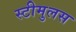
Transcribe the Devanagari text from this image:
स्टीमुलस